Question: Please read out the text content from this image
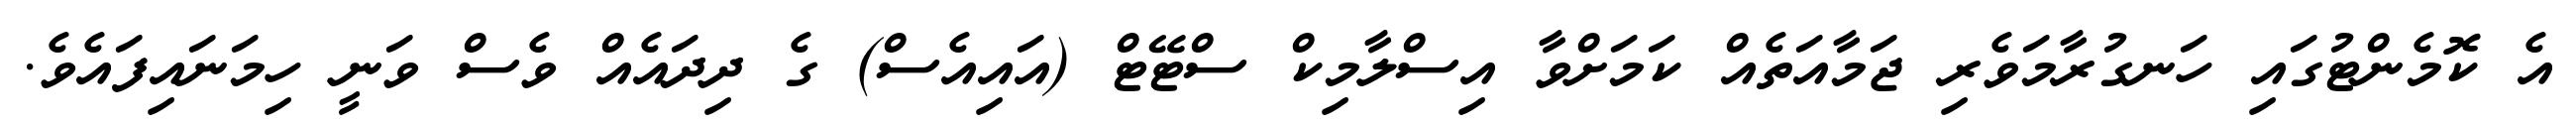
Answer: އެ ކޮމެންޓުގައި ހަނގުރާމަވެރި ޖަމާއަތެއް ކަމަށްވާ އިސްލާމިކް ސްޓޭޓް (އައިއެސް) ގެ ދިދައެއް ވެސް ވަނީ ހިމަނައިފައެވެ.